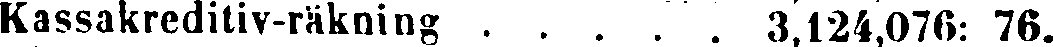
Kassakreditiv-räkning 3,124,076: 76.